Annual report of the Imperial Bacteriologist
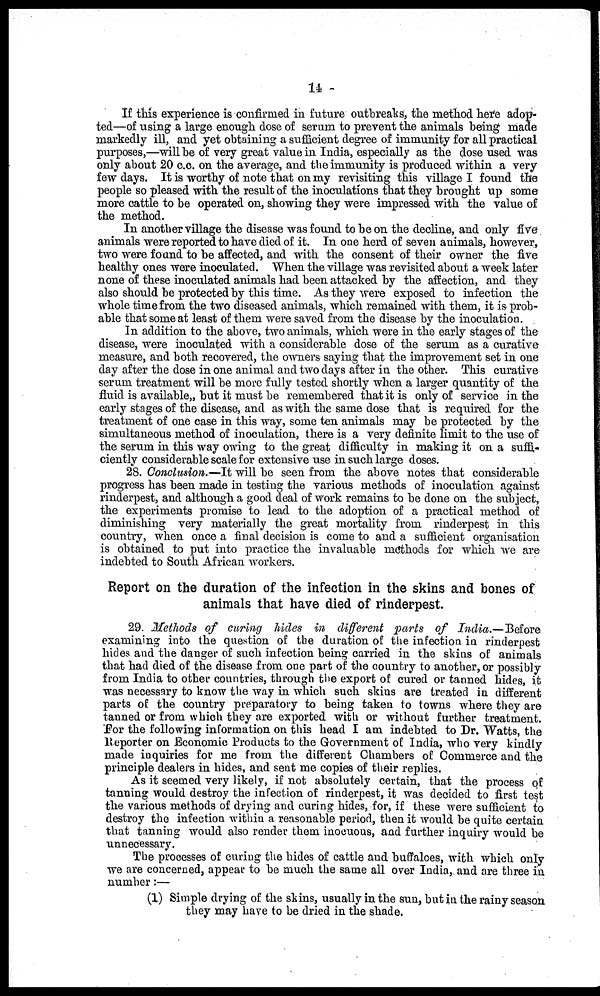
14
If this experience is confirmed in future outbreaks, the method here adop-
ted—of using a large enough dose of serum to prevent the animals being made
markedly ill, and yet obtaining a sufficient degree of immunity for all practical
purposes,—will be of very great value in India, especially as the dose used was
only about 20 c.c. on the average, and the immunity is produced within a very
few days. It is worthy of note that on my revisiting this village I found the
people so pleased with the result of the inoculations that they brought up some
more cattle to be operated on, showing they were impressed with the value of
the method.
In another village the disease was found to be on the decline, and only five
animals were reported to have died of it. In one herd of seven animals, however,
two were found to be affected, and with the consent of their owner the five
healthy ones were inoculated. When the village was revisited about a week later
none of these inoculated animals had been attacked by the affection, and they
also should be protected by this time. As they were exposed to infection the
whole time from the two diseased animals, which remained with them, it is prob-
able that some at least of them were saved from the disease by the inoculation.
In addition to the above, two animals, which were in the early stages of the
disease, were inoculated with a considerable dose of the serum as a curative
measure, and both recovered, the owners saying that the improvement set in one
day after the dose in one animal and two days after in the other. This curative
serum treatment will be more fully tested shortly when a larger quantity of the
fluid is available„ but it must be remembered that it is only of service in the
early stages of the disease, and as with the same dose that is required for the
treatment of one case in this way, some ten animals may be protected by the
simultaneous method of inoculation, there is a very definite limit to the use of
the serum in this way owing to the great difficulty in making it on a suffi-
ciently considerable scale for extensive use in such large doses.
28. Conclusion.—It will be seen from the above notes that considerable
progress has been made in testing the various methods of inoculation against
rinderpest, and although a good deal of work remains to be done on the subject,
the experiments promise to lead to the adoption of a practical method of
diminishing very materially the great mortality from rinderpest in this
country, when once a final decision is come to and a sufficient organisation
is obtained to put into practice the invaluable methods for which we are
indebted to South African workers.
Report on the duration of the infection in the skins and bones of
animals that have died of rinderpest.
29. Methods of curing hides in different parts of India.—Before
examining into the question of the duration of the infection in rinderpest
hides and the danger of such infection being carried in the skins of animals
that had died of the disease from one part of the country to another, or possibly
from India to other countries, through the export of cured or tanned hides, it
was necessary to know the way in which such skins are treated in different
parts of the country preparatory to being taken to towns where they are
tanned or from which they are exported with or without further treatment.
For the following information on this head I am indebted to Dr. Watts, the
Reporter on Economic Products to the Government of India, who very kindly
made inquiries for me from the different Chambers of Commerce and the
principle dealers in hides, and sent me copies of their replies.
As it seemed very likely, if not absolutely certain, that the process of
tanning would destroy the infection of rinderpest, it was decided to first test
the various methods of drying and curing hides, for, if these were sufficient to
destroy the infection within a reasonable period, then it would be quite certain
that tanning would also render them inocuous, and further inquiry would be
unnecessary.
The processes of curing the hides of cattle and buffaloes, with which only
we are concerned, appear to be much the same all over India, and are three in
number:—
(1) Simple drying of the skins, usually in the sun, but in the rainy season
they may have to be dried in the shade.